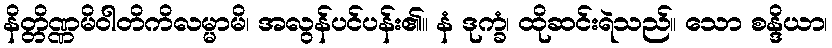
နိတ္တိဏ္ဏမိဝါတိကိလမ္မာမိ၊ အလွန်ပင်ပန်း၏။ နံ ဒုက္ခံ၊ ထိုဆင်းရဲသည်။ သော စန္ဒိယာ၊